Vaccination in Burma 1920-1933 - 1920-1933
Year: 1920
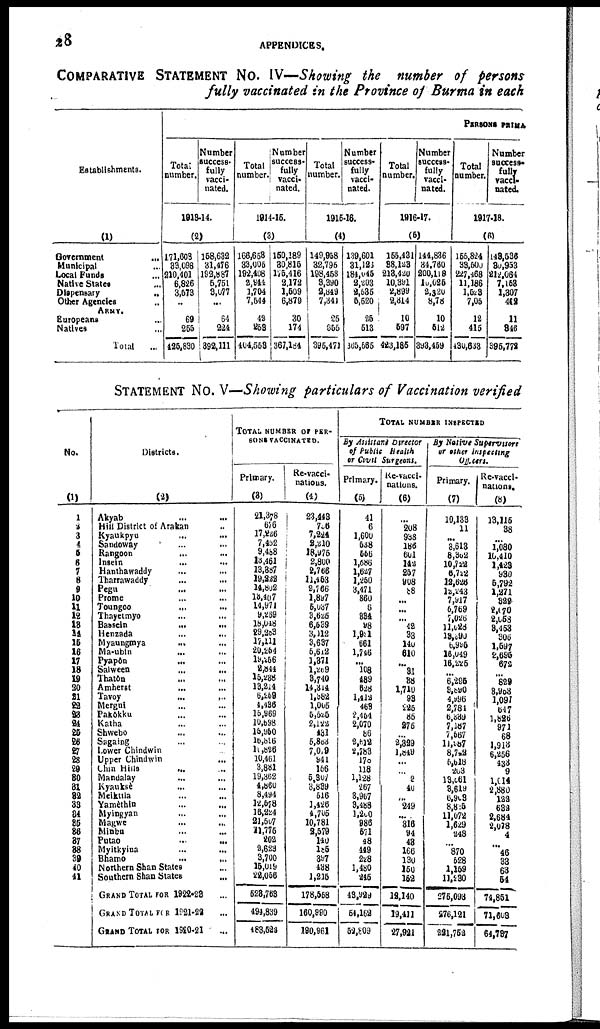
28
APPENDICES.
COMPARATIVE STATEMENT No. IV—Showing the number of persons
fully vaccinated in the Province of Burma in each
Establishments.
(1)
Government
...
Municipal ...
Local Funds ...
Native States ...
Dispensary
...
Other Agencies ...
ARMY.
Europeans ...
Natives ...
Total ...
PERSONS PRIMA
Total
number.
Number
success-
fully
vacci-
nated.
1913-14.
(2)
171,608
33,098
210,401
6,826
3,573
...
69
255
425,830
158,632
31,476
192,887
5,751
3,077
...
64
224
392,111
Total
number.
Number
success-
fully
vacci-
nated.
1914-15.
(3)
166,653
33,005
192,408
2,944
1,704
7,544
42
253
404,553
150,189
30,815
175,416
2,172
1,509
6,879
30
174
367,184
Total
number.
Number
success-
fully
vacci-
nated.
1915-16.
(4)
149,958
32,795
198,458
3,390
2,849
7,341
25
655
395,471
139,601
31,123
184,045
2,203
2,535
5,520
25
513
365,565
Total
number.
Number
success-
fully
vacci-
nated.
1916-17.
(5)
155,431
38,128
213,420
10,391
2,899
2,814
10
597
423,185
144,836
34,760
200,118
10,025
2,320
8,78
10
512
393,459
Total
number.
Number
success-
fully
vacci-
nated.
1917-18.
(6)
155,824
33,500
227,468
11,186
1,623
7,05
12
415
430,633
143,536
30,953
212,064
7,153
1,307
402
11
346
395,772
STATEMENT No. V—Showing particulars of Vaccination verified
No.
(1)
1
2
3
4
5
6
7
8
9
10
11
12
13
14
15
16
17
18
19
20
21
22 23
24
25
26
27
28
29
30
31
32
33
34
35
36
37
38
39
40
41
Districts.
(2)
Akyab ... ...
Hill District of Arakan ...
Kyaukpyu ... ...
Sandoway ... ...
Rangoon ... ...
Insein ... ...
Hanthawaddy ... ...
Tharrawaddy ... ...
Pegu ... ...
Prome ... ...
Toungoo ... ...
Thayetmyo ... ...
Bassein
...
...
Henzada ... ...
Myaungmya
... ...
Ma-ubin
... ...
Pyapôn
... ...
Salween ... ...
Thatôn ... ...
Amherst ... ...
Tavoy
...
...
Mergui ... ...
Pakôkku ... ...
Katha ... ...
Shwebo ... ...
Sagaing ... ...
Lower Chindwin ...
Upper Chindwin ...
Chin Hills ... ...
Mandalay ... ...
Kyauksè ... ...
Meiktila ... ...
Yamèthin ... ...
Myingyan ... ...
Magwe ... ...
Minbu ... ...
Putao
...
...
Myitkyina ... ...
Bhamo
...
...
Northern Shan States ...
Southern Shan States ...
GRAND TOTAL FOR 1922-23 ...
GRAND TOTAL FOR 1921-22 ...
GRAND TOTAL FOR 1920-21 ...
TOTAL NUMBER OF PER-
SONS VACCINATED.
Primary.
(3)
21,378
676
17,226
7,452
9,488
13,461
13,387
19,222
14,802
13,407
14,971
9,289
18,048
29,283
17,111
20,254
19,256
2,844
15,238
13,214
6,259
4,436
15,969
10,598
15,950
16,896
11,826
10,461
3,881
19,362
4,360
8,494
12,578
16,224
21,507
11,775
202
2,623
3,700
15,019
22,056
523,763
494,839
483,522
Re-vacci-
nations.
(4)
23,443
766
7,224
2,210
18,975
2,800
2,766
11,453
2,766
1,897
5,037
9,625
6,539
3,112
3,637
5,612
1,871
1,269
3,740
14,314
l,382
1,005
5,525
2,122
431
5,883
7,019
941
156
5,307
3,839
516
1,426
4,705
10,781
2,579
140
185
397
438
1,215
178,558
160,990
190,961
TOTAL NUMBER INSPECTED
By Assistant Director
of Public
health
or Civil Surgeons.
Primary.
(5)
41
6
1,600
538
556
1,686
1,627
1,250
3,471
860
6
334
98
1,991
661
1,746
... 108
489
628
l,412
463
2,454
2,070
86
2,612
2,783
170
118
1,128
267
3,967
3,488
1,200
986
571
48
449
228
1,480
245
48,929
54,162
52,809
Re-vacci-
nations.
(6)
...
208
938
186
601
142
257
908
88
...
... ...
42
33
140
610
...
31
38
1,710
93
225
85
275
...
2,329
1,849
...
...
2
40
...
249
...
316
94
43
166
130
150
162
12,140
19,411
27,921
By Native Supervisors
or other inspecting
Officers.
Primary.
(7)
10,133
11
...
3,613
8,302
10,722
6,722
12,626
12,243
7,917
6,769
7,026
11,026
13,390
6,995
16,049
16,225
...
6,295
3,890
4,996
2,784
5,339
7,187
7,567
11,987
8,722
5,618
203
13,061
8,619
6,909
8,815
11,072
1,629
248
...
870
528
1,159
11,230
275,093
276,121
221,752
Re-vacci-
nations.
(8)
13,115
38
...
1,080
10,410
1,423
930
5,792
1,271
329
2,070
2,058
3,453
306
1,597
2,695
672
...
829
3,983
1,097
547
1,826
971
68
1,913
6,256
433
9
1,014
2,880
122
632
2,684
2,078
4
...
46
33
63
54
74,851
71,603
64,737